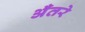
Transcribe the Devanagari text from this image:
अँतरे